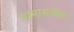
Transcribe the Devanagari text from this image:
मामासाहॆब